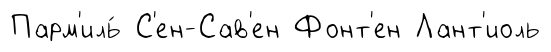
Парм'иль́ С'ен-Сав'ен Фонт'ен Лант'иоль